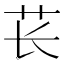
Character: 苌